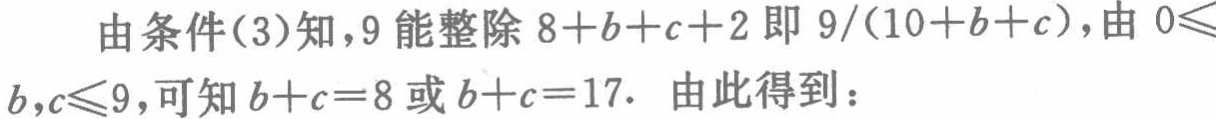
由条件(3)知，$9$能整除$8 + b + c + 2$即$9/(10 + b + c)$，由$0\leqslant b,c\leqslant9$，可知$b + c = 8$或$b + c = 17$. 由此得到：